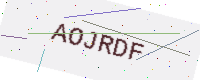
Text: AOJRDF